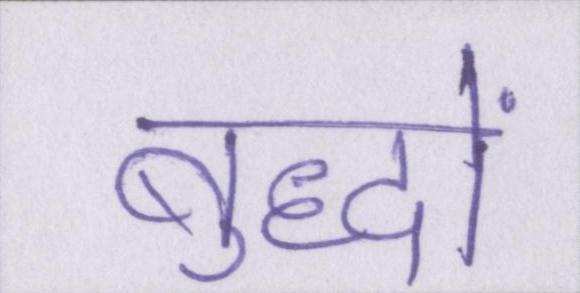
बुद्धों